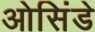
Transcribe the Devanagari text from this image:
ओसिंडे